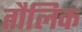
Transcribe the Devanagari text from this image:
तौलिक